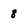
Character: 8